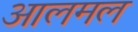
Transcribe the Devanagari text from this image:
आलमल